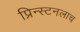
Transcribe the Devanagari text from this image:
प्रिन्स्टनलाच